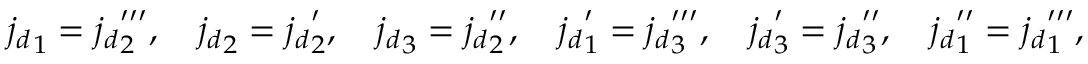
{ j _ { d } } _ { 1 } = { j _ { d } } _ { 2 } ^ { \prime \prime \prime } , \quad { j _ { d } } _ { 2 } = { j _ { d } } _ { 2 } ^ { \prime } , \quad { j _ { d } } _ { 3 } = { j _ { d } } _ { 2 } ^ { \prime \prime } , \quad { j _ { d } } _ { 1 } ^ { \prime } = { j _ { d } } _ { 3 } ^ { \prime \prime \prime } , \quad { j _ { d } } _ { 3 } ^ { \prime } = { j _ { d } } _ { 3 } ^ { \prime \prime } , \quad { j _ { d } } _ { 1 } ^ { \prime \prime } = { j _ { d } } _ { 1 } ^ { \prime \prime \prime } ,